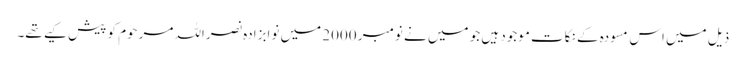
ذیل میں اس مسودہ کے نکات موجود ہیں جو میں نے نومبر 2000 میں نوابزادہ نصراللہ مرحوم کو پیش کیے تھے۔